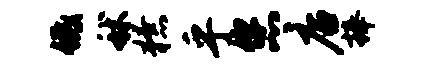
低秫獠乎您店捧